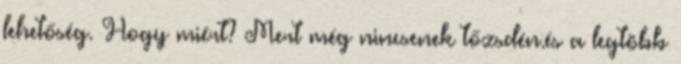
lehetőség. Hogy miért? Mert még nincsenek tőzsdén.és a legtöbb